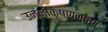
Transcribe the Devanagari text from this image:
उन्नीकृष्णन्‌च्या